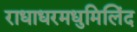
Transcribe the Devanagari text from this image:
राधाधरमधुमिलिंद